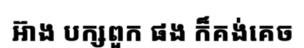
អ៊ាង បក្សពួក ផង ក៏គង់គេច